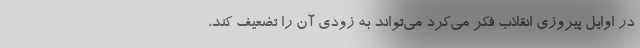
در اوایل پیروزی انقلاب فکر می‌کرد می‌تواند به زودی آن را تضعیف کند،